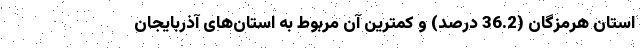
استان هرمزگان (36.2 درصد) و کمترین آن مربوط به استان‌های آذربایجان